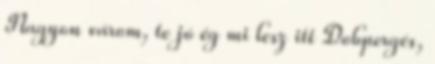
Nagyon várom, te jó ég mi lesz itt Dobpergés,